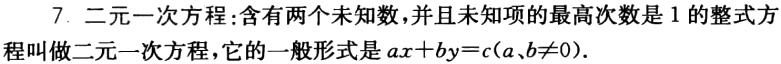
7. 二元一次方程：含有两个未知数，并且未知项的最高次数是 1 的整式方程叫做二元一次方程，它的一般形式是 \(ax + by = c(a、b\neq0)\)。